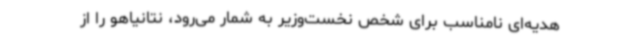
هدیه‌ای نامناسب برای شخص نخست‌وزیر به شمار می‌رود، نتانیاهو را از